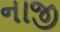
નાજી